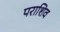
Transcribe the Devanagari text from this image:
पराशिव